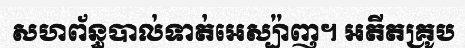
សហព័ន្ធបាល់ទាត់អេស្ប៉ាញ។ អតីតគ្រូប